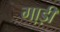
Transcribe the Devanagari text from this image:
गा़ड़ी